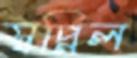
স্বপ্নিল